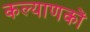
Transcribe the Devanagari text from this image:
कल्याणकों